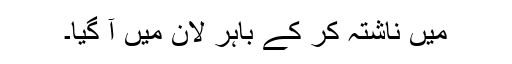
میں ناشتہ کر کے باہر لان میں آ گیا۔